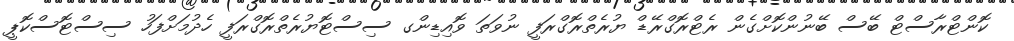
ކޮންޓްރާސްޓް ބޭސް ބޭނުންކޮށްގެން ރެޓްރޮގްރޭޑް ޔުރެތްރޮގްރަފީ ނުވަތަ ވޮއިޑިންގ ސިސްޓޮޔުރެތްރޮގްރަފީ ހެދުމަށްފަހު ސިސްޓޮސްކޮޕީ